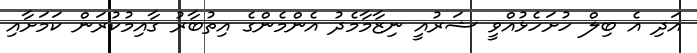
އަދި އެ ބިލް ހުށަހެޅުއްވީ ޝަރުއީ ނިޒާމާމެދު އެންމެންގެ އިތުބާރު ގާއިމުކުރަން ކަމަށާއި